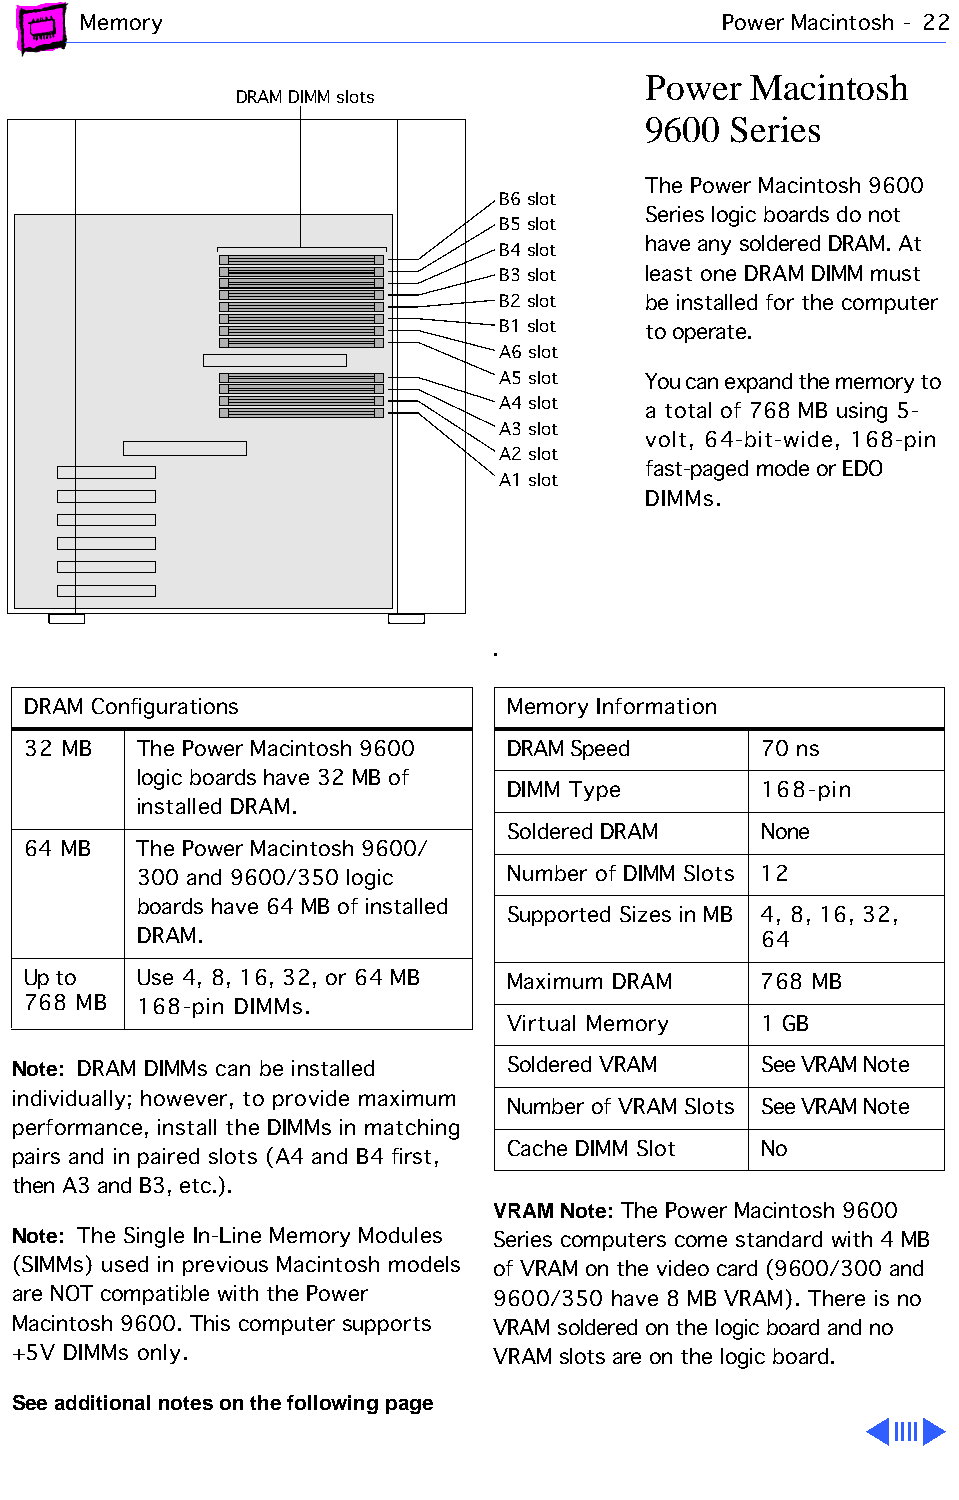
Memory                                    Power Macintosh - 22
 Power  Macintosh
 DRAM DIMM slots
 9600  Series
 The Power Macintosh 9600
 B6 slot
 Series logic boards do not
 B5 slot
 have any soldered DRAM. At
 B4 slot
 B3 slot  least one DRAM DIMM must
 B2 slot  be installed for the computer
 B1 slot  to operate.
 A6 slot
 A5 slot  You can expand the memory to
 A4 slot
 a total of 768 MB using 5-
 A3 slot
 volt, 64-bit-wide, 168-pin
 A2 slot
 fast-paged mode or EDO
 A1 slot
 DIMMs.
 .
 DRAM Configurations             Memory Information
 32 MB   The Power Macintosh 9600 DRAM Speed      70 ns
 logic boards have 32 MB of
 DIMM Type        168-pin
 installed DRAM.
 Soldered DRAM    None
 64 MB   The Power Macintosh 9600/
 300 and 9600/350 logic  Number of DIMM Slots 12
 boards have 64 MB of installed
 Supported Sizes in MB 4, 8, 16, 32,
 DRAM.                                    64
 Up to   Use 4, 8, 16, 32, or 64 MB Maximum DRAM  768 MB
 768 MB  168-pin DIMMs.
 Virtual Memory   1 GB
 Note: DRAM DIMMs can be installed Soldered VRAM   See VRAM Note
 individually; however, to provide maximum
 Number of VRAM Slots See VRAM Note
 performance, install the DIMMs in matching
 Cache DIMM Slot  No
 pairs and in paired slots (A4 and B4 first,
 then A3 and B3, etc.).
 VRAM Note: The Power Macintosh 9600
 Note: The Single In-Line Memory Modules Series computers come standard with 4 MB
 (SIMMs) used in previous Macintosh models of VRAM on the video card (9600/300 and
 are NOT compatible with the Power 9600/350 have 8 MB VRAM). There is no
 Macintosh 9600. This computer supports VRAM soldered on the logic board and no
 +5V DIMMs only.                 VRAM slots are on the logic board.
 See additional notes on the following page